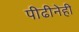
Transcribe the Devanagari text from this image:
पीढीनेही